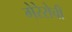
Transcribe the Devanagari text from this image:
गेरेरोची